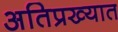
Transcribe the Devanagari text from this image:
अतिप्रख्यात